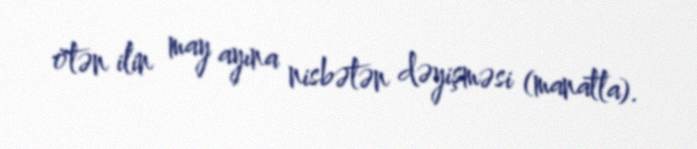
ötən ilin may ayına nisbətən dəyişməsi (manatla).